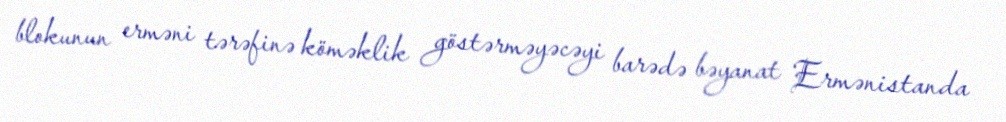
blokunun erməni tərəfinə köməklik göstərməyəcəyi barədə bəyanat Ermənistanda